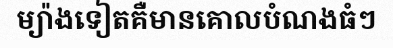
ម្យ៉ាងទៀតគឺមានគោលបំណងធំៗ